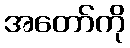
အတော်ကို